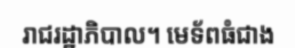
រាជរដ្ឋាភិបាល។ មេទ័ពធំជាង